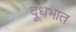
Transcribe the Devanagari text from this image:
दूधभात